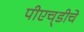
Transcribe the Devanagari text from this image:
पीएच्‌डीचे